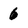
Character: 6